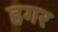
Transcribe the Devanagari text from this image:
हगर